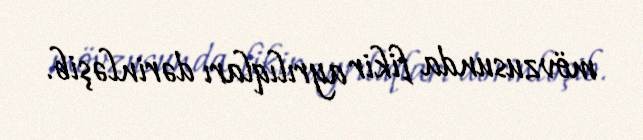
mövzusunda fikir ayrılıqları dərinləşib.